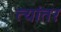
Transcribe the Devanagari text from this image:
त्यांतर